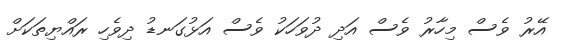
އޭރު ވެސް މިހާރު ވެސް އަދި ދުވަހަކު ވެސް އަޅުގަނޑު ދިވެހި ރައްޔިތަކަށް